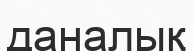
даналық